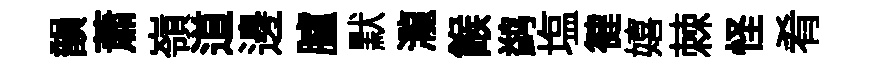
韻蕭嶺道邊臚默瀧餱鹢塩徤嬉棘怪肴